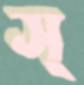
স্